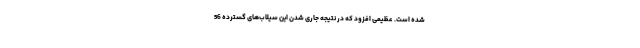
شده است. عظیمی افزود که در نتیجه جاری شدن این سیلاب‌های گسترده 56